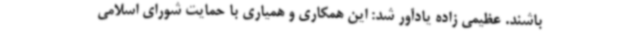
باشند. عظیمی زاده یادآور شد: این همکاری و همیاری با حمایت شورای اسلامی